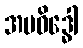
အပဝိဒ္ဓေါ